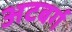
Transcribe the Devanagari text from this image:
अटबर्ग